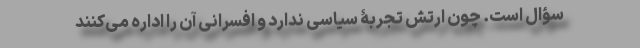
سؤال است. چون ارتش تجربۀ سیاسی ندارد و افسرانی آن را اداره می‌کنند